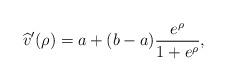
LaTeX: \begin{align*}\widehat v'(\rho) = a + (b-a) \frac {e^\rho}{1 + e^\rho},\end{align*}